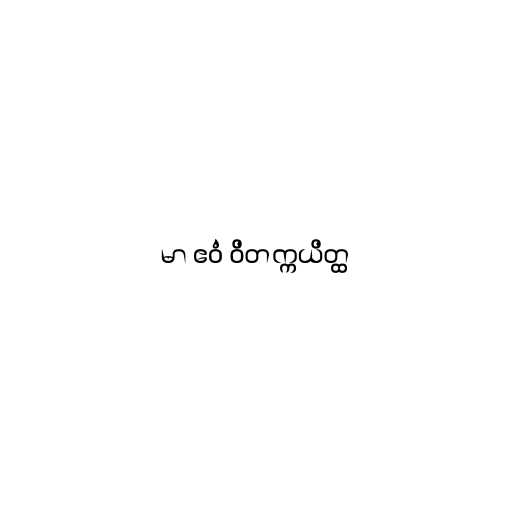
မာ ဧဝံ ဝိတက္ကယိတ္ထ